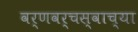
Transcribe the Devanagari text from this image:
वर्णवर्चस्वाच्या